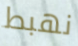
نهبط